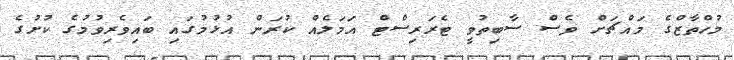
މުހްތާޒްގެ މައްޗަށް ވެސް ސާބިތުވީ ޓެރަރިސްޓް އަމަލެއް ކުރަން އުޅުމުގައި ބައިވެރިވުމުގެ ކުށުގެ